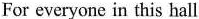
For everyone in this hall